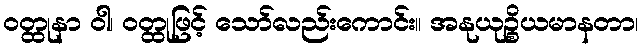
ဝတ္ထုနာ ဝါ၊ ဝတ္ထုဖြင့် သော်လည်းကောင်း။ အနုယုဉ္စိယမာနတာ၊